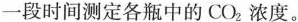
一段时间测定各瓶中的CO_{2} 浓度。